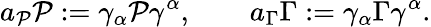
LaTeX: a_{\cal P}{\cal P}:=\gamma_{\alpha}{\cal P}\gamma^{\alpha},\qquad a_{\Gamma}\Gamma:=\gamma_{\alpha}\Gamma\gamma^{\alpha}.